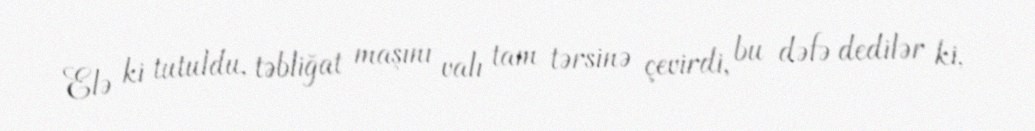
Elə ki tutuldu, təbliğat maşını valı tam tərsinə çevirdi, bu dəfə dedilər ki,